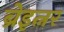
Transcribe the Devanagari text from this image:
ब्रेइत्नर